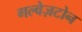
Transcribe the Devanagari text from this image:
गल्वेज़टोन